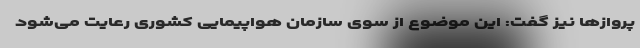
پروازها نیز گفت: این موضوع از سوی سازمان هواپیمایی کشوری رعایت می‌شود